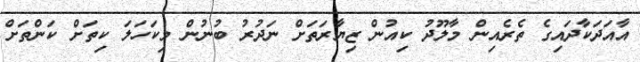
އާއަދަކާދައިގެ ތެރެއިން މާލޫދު ކިއުން ޒިޔާރަތަށް ނަދުރު ބުނުން މިކަހަލަ ކިތަށް ކަންތަށް